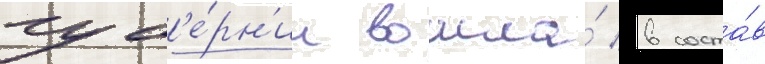
губ'е́рн'ии вошла́ в соста́в